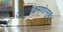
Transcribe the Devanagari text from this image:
जानुचंक्रमणोत्सुकः।